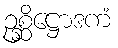
ဥစ္ဆိဋ္ဌောဒကံ